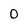
Character: 0